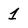
Character: 1